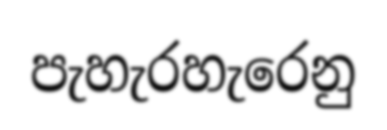
පැහැරහැරෙනු